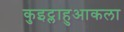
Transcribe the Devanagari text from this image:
कुइट्लाहुआकला